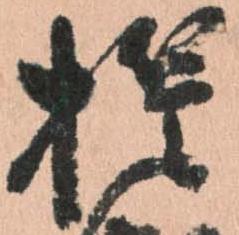
誓